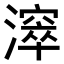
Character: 𣿈